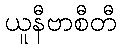
ယူနီဗာစီတီ